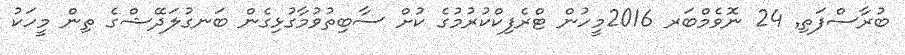
ބުރާސްފަތި